V__Kingissepa_nim__kolhoos, lk 40
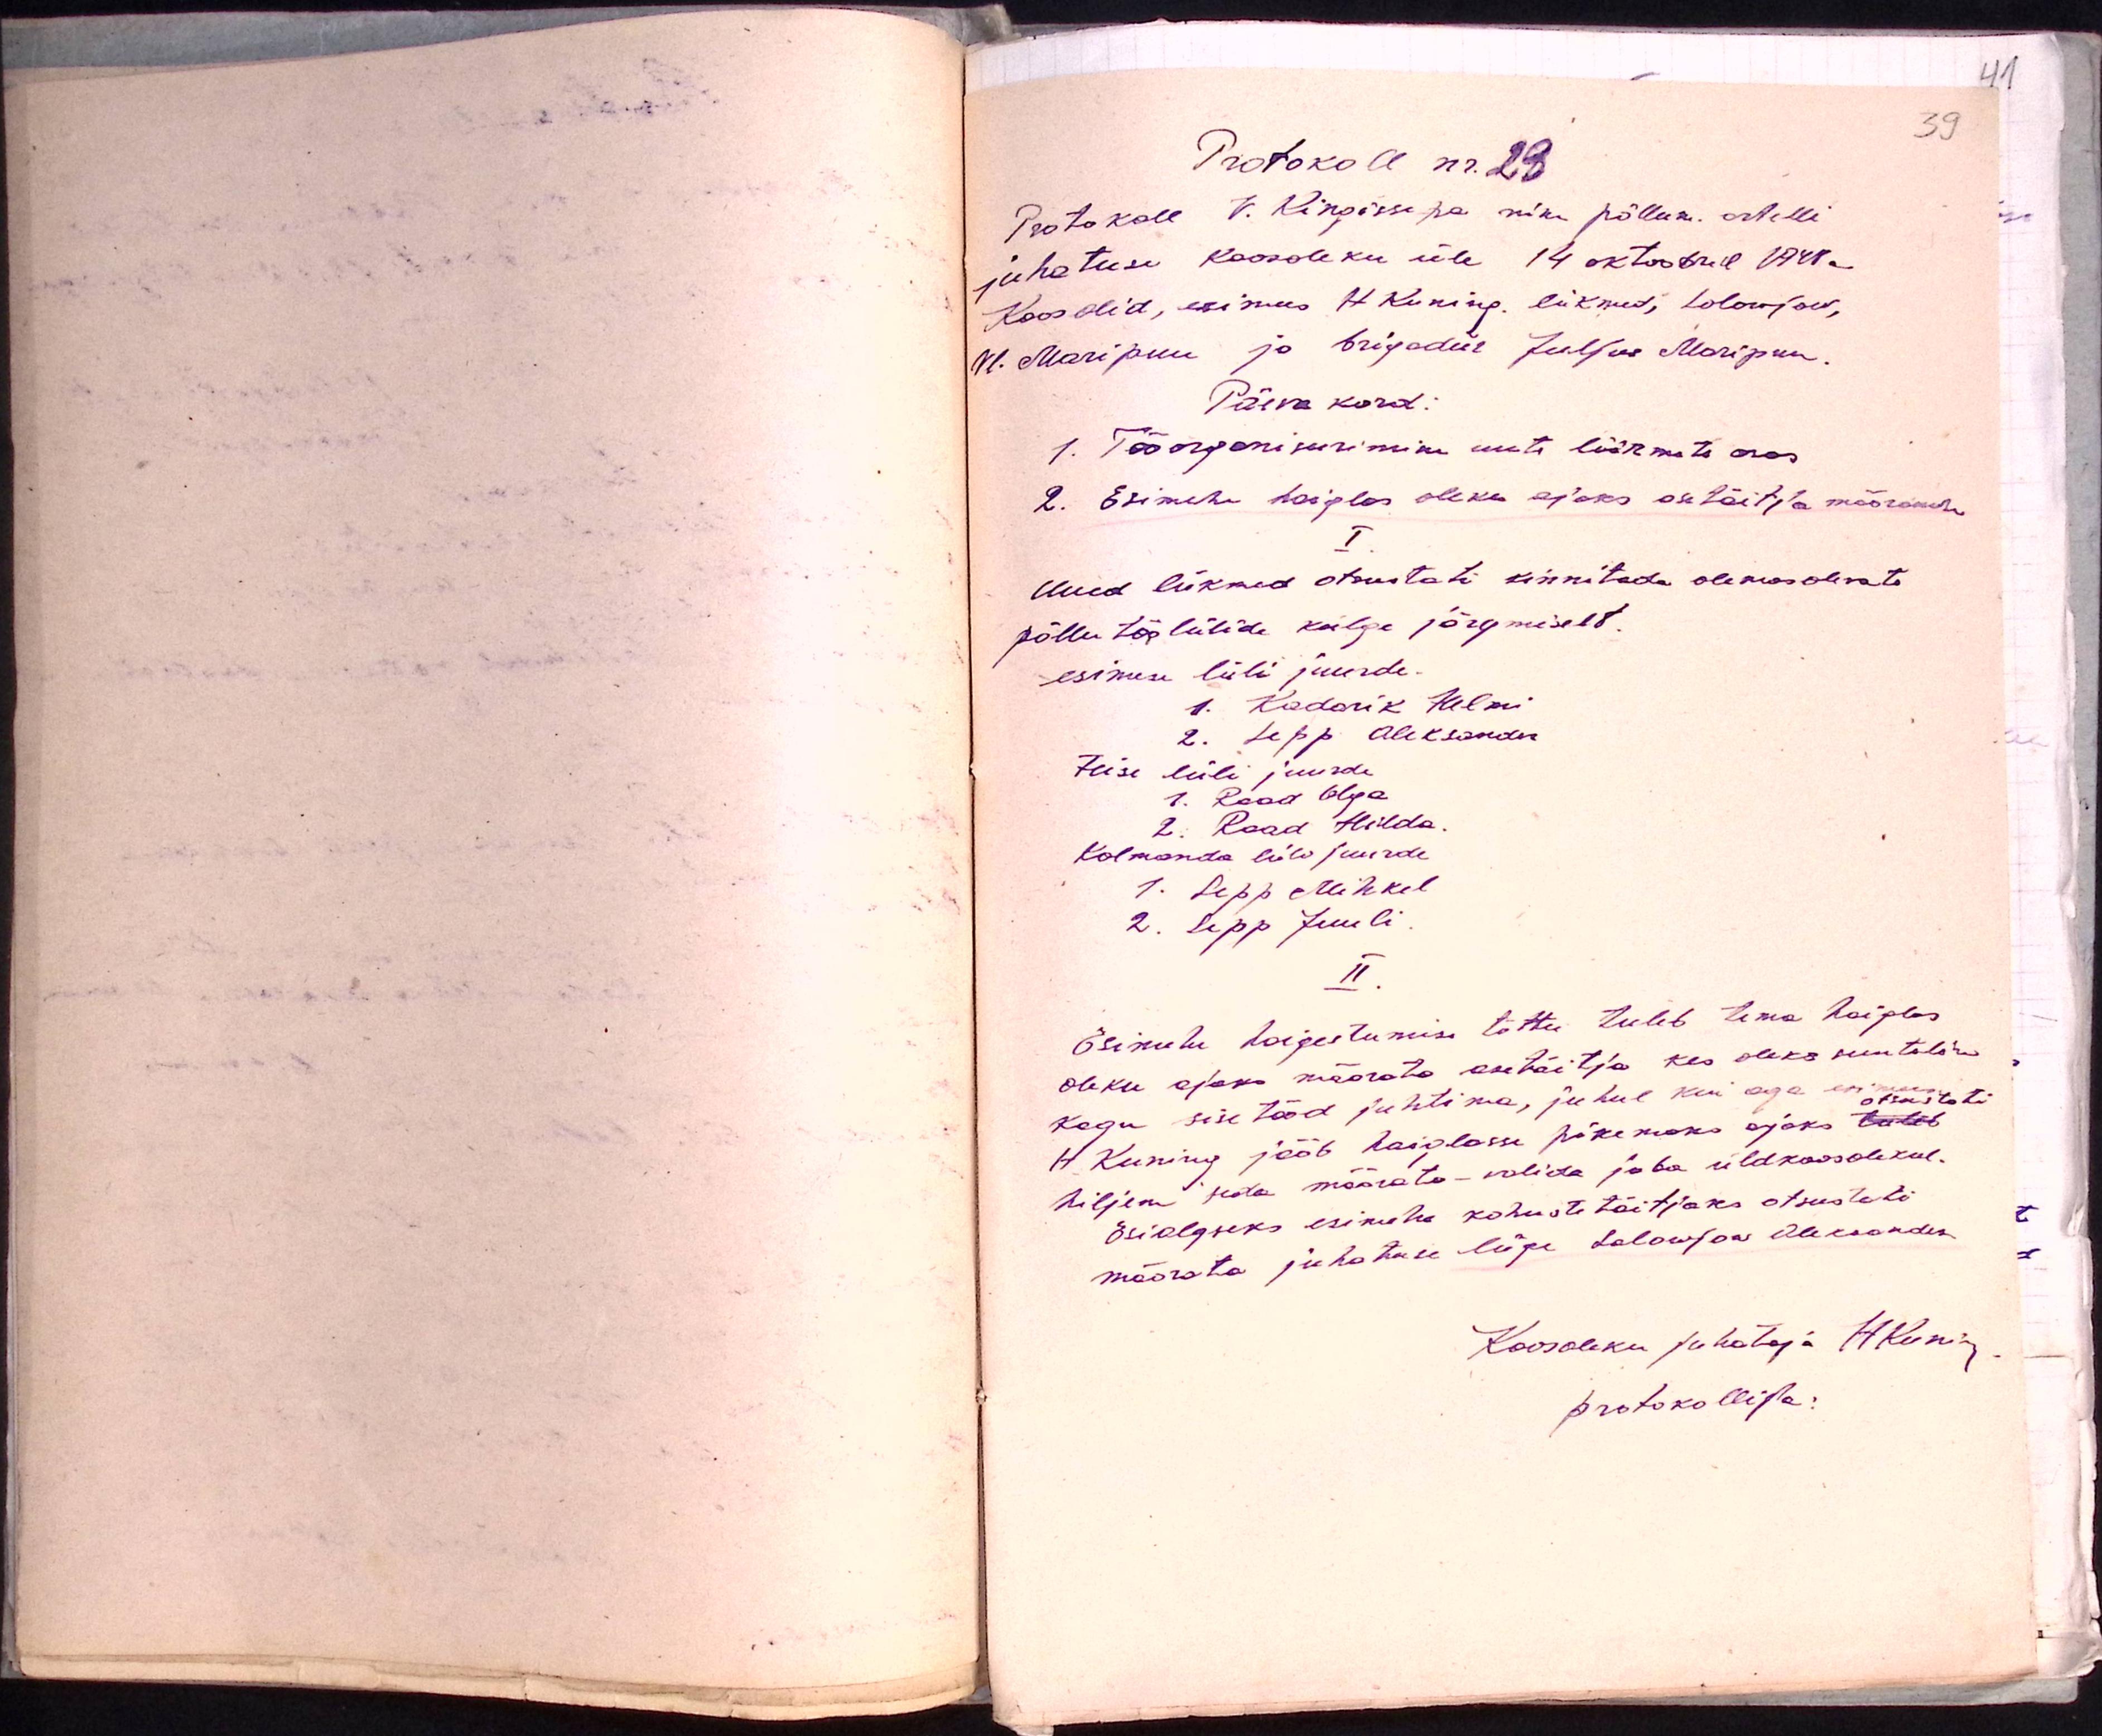
Protokoll nr. 23
Protokoll V. Kingissepa nim põllum. Artelli
juhatuse koosoleku üle 14 oktoobril 1948a.
Koos olid, esimees H Kuning liikmed, Solowjow,
Vl. Maripuu ja brigadiir Juljus Maripuu.
Päevakord:
1. Töö organiseerimine uute liikmete osas
2. Esimehe haiglas oleks ajaks asetäitja määramine
I
Uued liikmed otsustati kinnitada olemasolevate
põllutöölülide külge järgmiselt.
esimese lüli juurde.
1. Kadarik Helmi
2. Sepp Aleksander
Teise lüli juurde
1. Raad Olga
2. Raad Hilda
Kolmanda lüli juurde
1. Sepp Mihkel
2. Lipp Juuli
II.
Esimehe haigestumise tõttu tuleb tema haiglas
oleku ajaks määrata asetäitja kes oleks suuteline
kogu sisetööd juhtima, juhul kui aga esimees otsustati
H. Kuning jääb haiglasse pikemaks ajaks tuleb
hiljem seda määrata-valida juba üldkoosolekul.
Esialgseks esimehe kohustetäitjaks otsustati
määrata juhatuse liige Solowjow Aleksander
Koosoleku juhataja H. Kunin
protokollija: